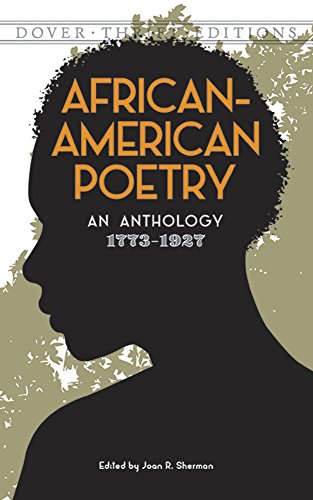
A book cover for African-American Poetry: An Anthology, 1773-1927 (Dover Thrift Editions); Literature & Fiction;